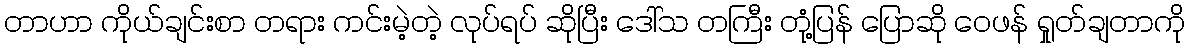
တာဟာ ကိုယ်ချင်းစာ တရား ကင်းမဲ့တဲ့ လုပ်ရပ် ဆိုပြီး ဒေါ်သ တကြီး တုံ့ပြန် ပြောဆို ဝေဖန် ရှုတ်ချတာကို